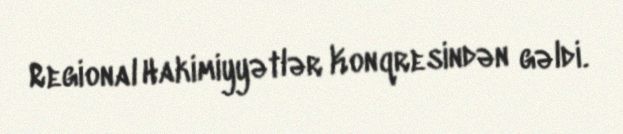
Regional Hakimiyyətlər Konqresindən gəldi.